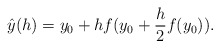
\begin{align*}\hat{y}(h)=y_0+h f(y_0+\frac{h}{2}f(y_0)).\end{align*}